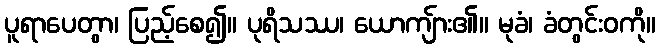
ပူရာပေတွာ၊ ပြည့်စေ၍။ ပုရိသဿ၊ ယောကျ်ား၏။ မုခံ၊ ခံတွင်းဝကို။